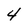
Character: 4